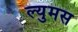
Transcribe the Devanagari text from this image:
ल्युमस